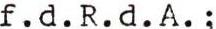
f.d.R.d.A.: